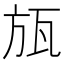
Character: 瓬